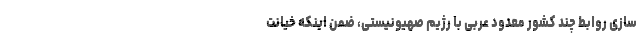
سازی روابط چند کشور معدودِ عربی با رژیم صهیونیستی، ضمن اینکه خیانتِ